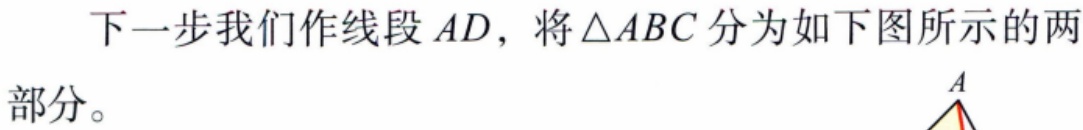
下一步我们作线段 \(AD\)，将\(\triangle ABC\) 分为如下图所示的两部分。